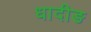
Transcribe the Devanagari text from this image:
धादीङ